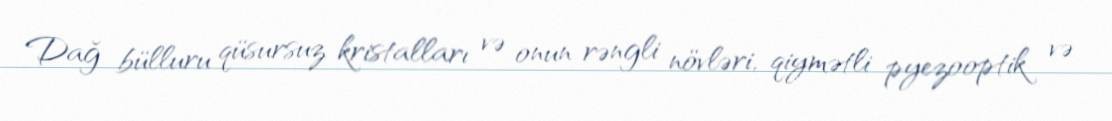
Dağ bülluru qüsursuz kristalları və onun rəngli növləri, qiymətli pyezooptik və